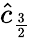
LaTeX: \hat{c}_{\frac{3}{2}}